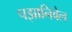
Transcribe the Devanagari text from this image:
पझानिवेल